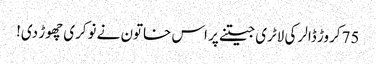
75کروڑ ڈالر کی لاٹری جیتنے پر اس خاتون نے نوکری چھوڑ دی!